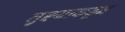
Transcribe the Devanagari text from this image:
तुझ्याकडून